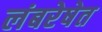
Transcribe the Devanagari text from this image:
लंबरेषेत